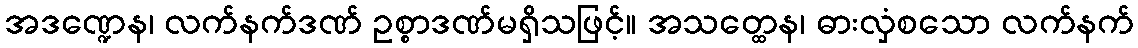
အဒဏ္ဍေန၊ လက်နက်ဒဏ် ဥစ္စာဒဏ်မရှိသဖြင့်။ အသတ္ထေန၊ ဓားလှံစသော လက်နက်